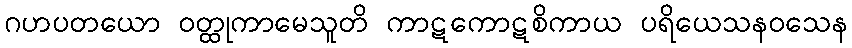
ဂဟပတယော ဝတ္ထုကာမေသူတိ ကာဋကောဋစိကာယ ပရိယေသနဝသေန